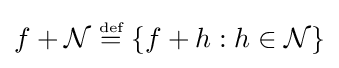
f+{\mathcal {N}}\;{\stackrel {\scriptscriptstyle {\text{def}}}{=}}\;\{f+h:h\in {\mathcal {N}}\}